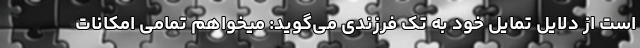
است از دلایل تمایل خود به تک فرزندی می‌گوید: میخواهم تمامی امکانات